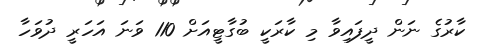
ކާރުގެ ނަން ދީފައިވާ މި ކާރަކީ ބުގާޓީއަށް 110 ވަނަ އަހަރީ ދުވަހާ